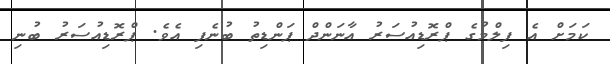
ކަމަށް އެ ފިލްމުގެ ޕްރޮޑިއުސަރު އާނަންދް ޕަންޑިތު ބުނެފި އެވެ. ޕްރޮޑިއުސަރު ބުނި